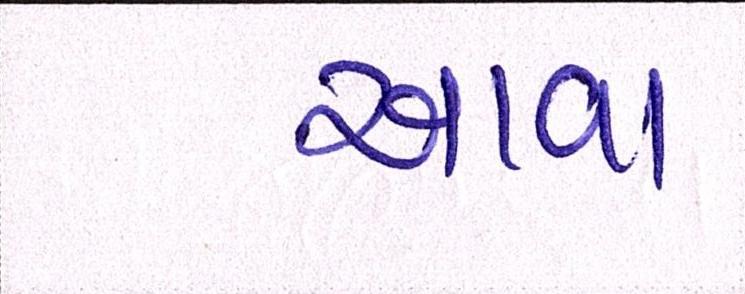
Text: આવા